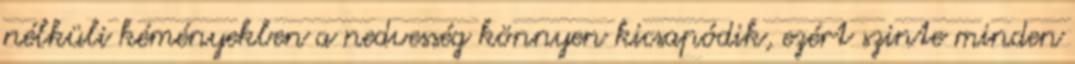
nélküli kéményekben a nedvesség könnyen kicsapódik, ezért szinte minden